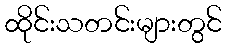
ထိုင်းသတင်းများတွင်